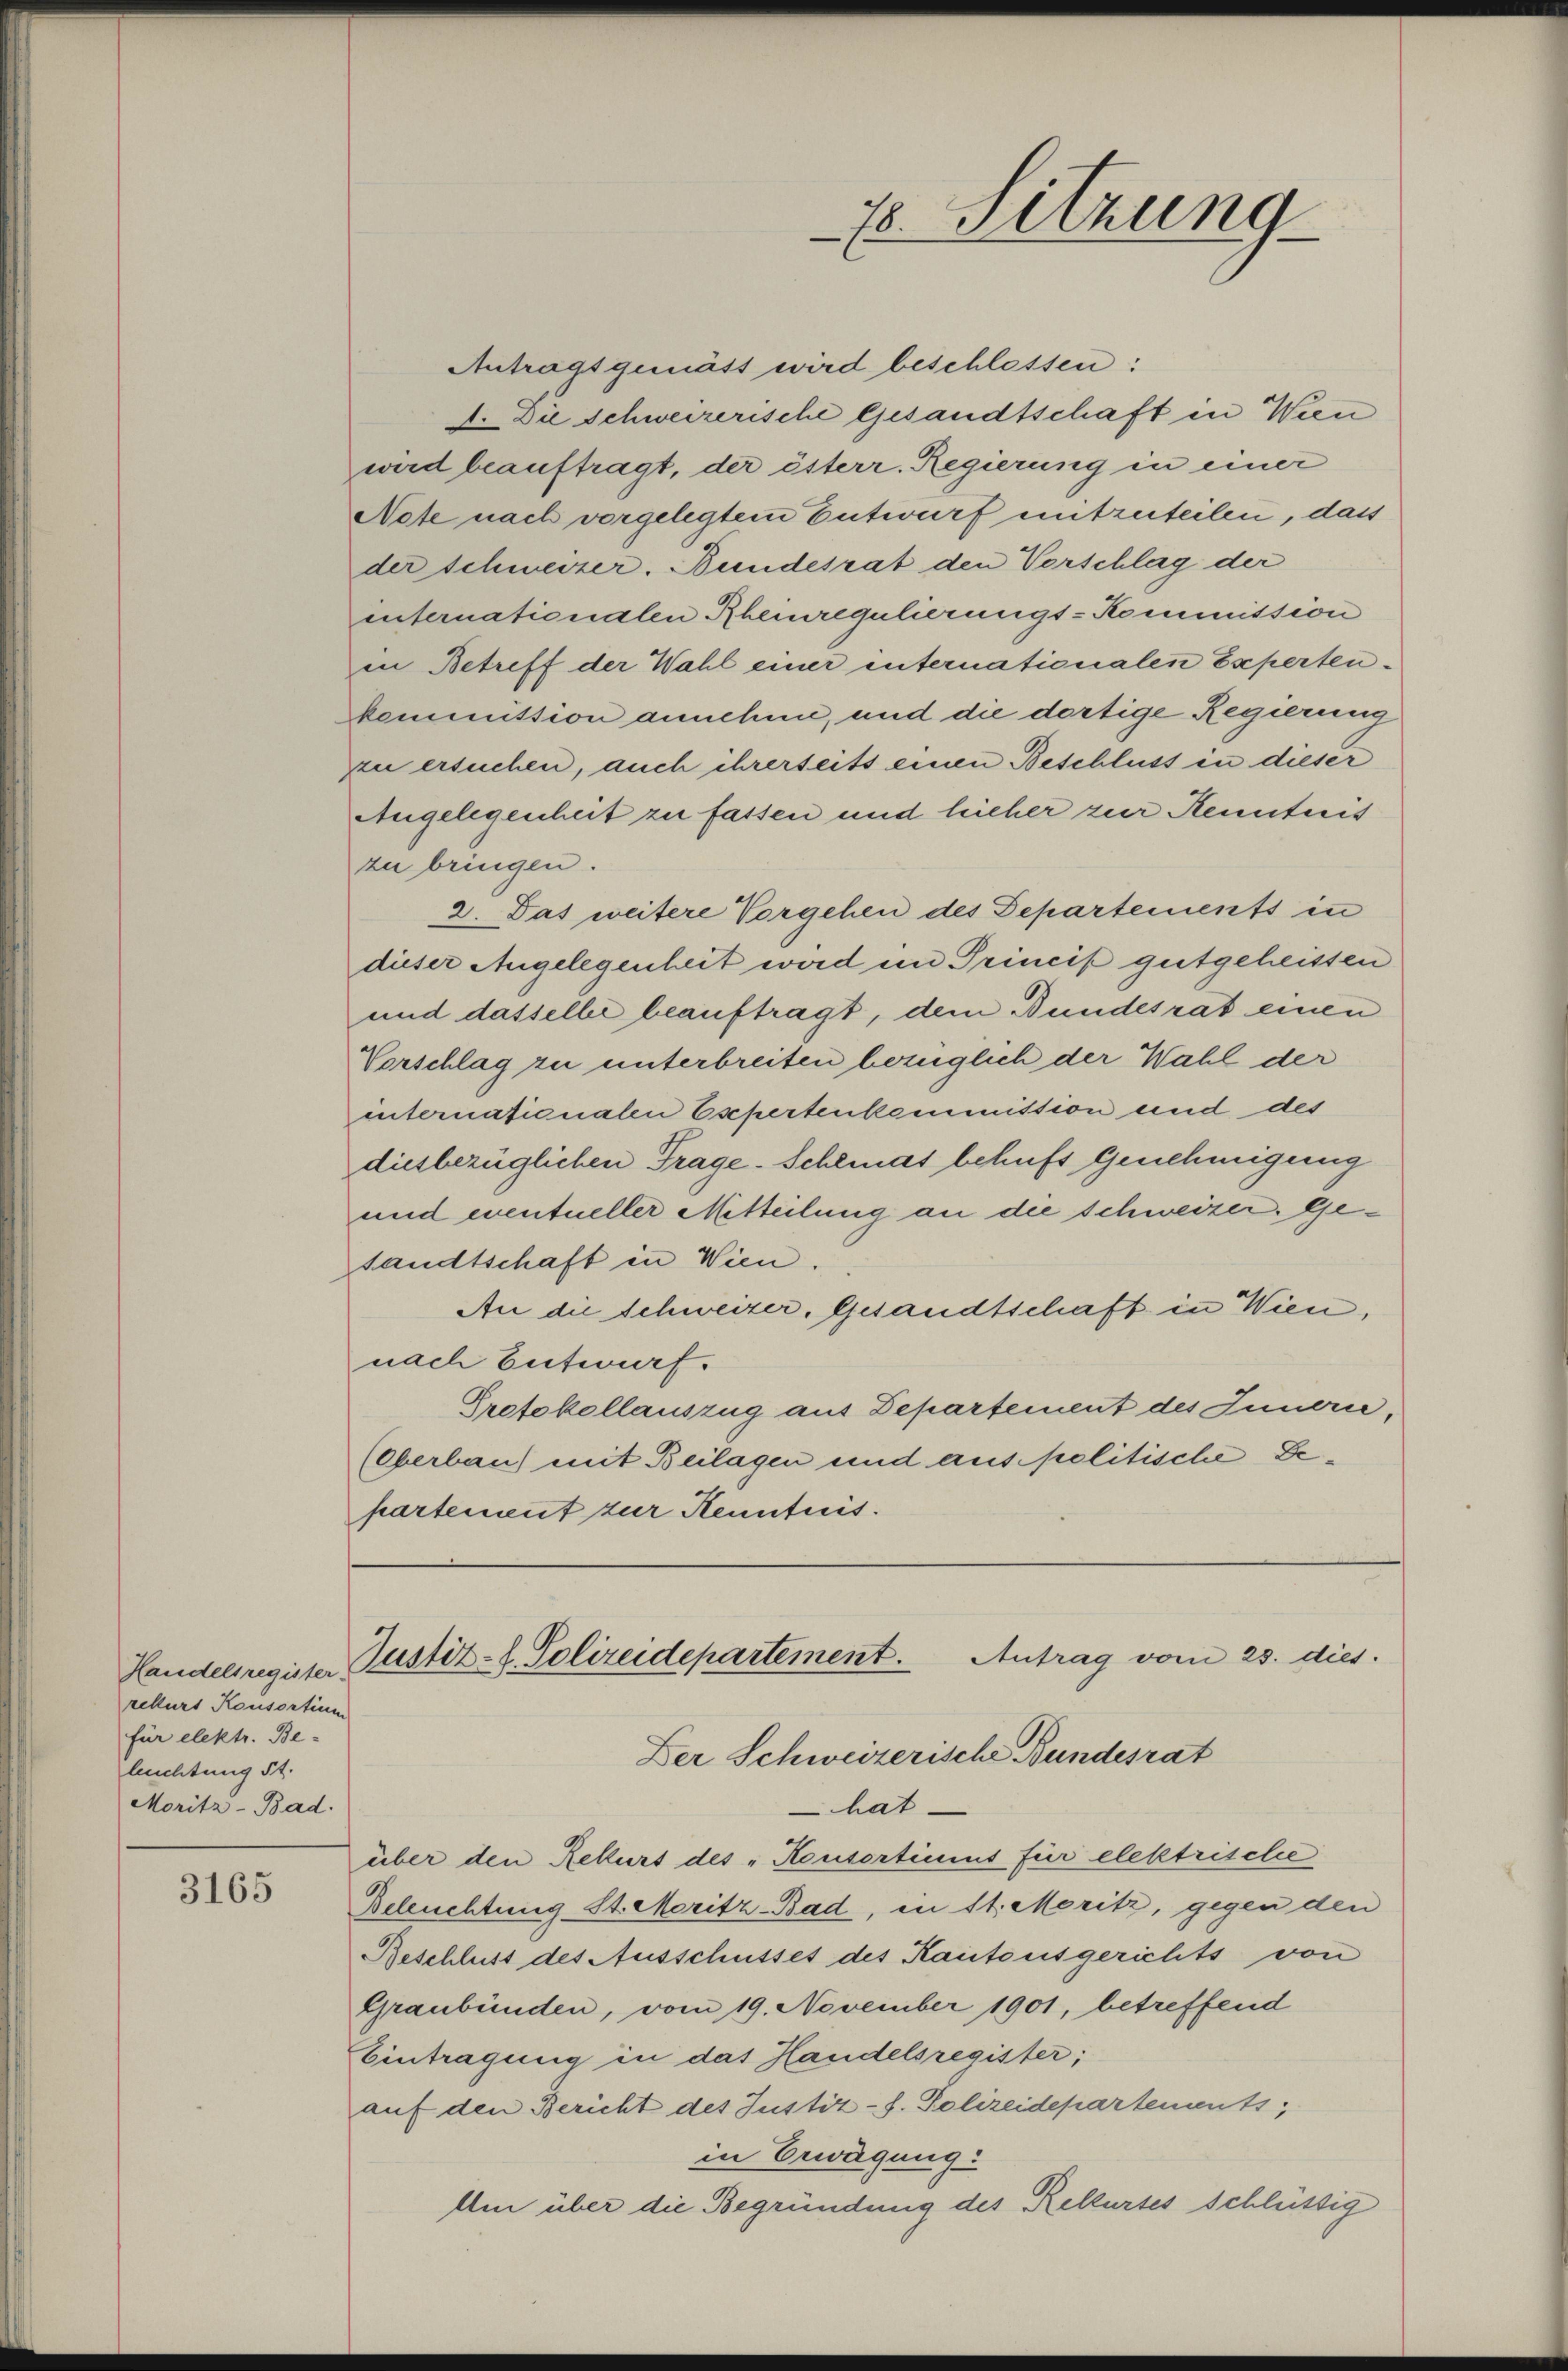
rekurs Konsortium
für elektr. Be-
luchtung St.
Moritz-Bad.

3165

Antragsgemäss wird beschlessen:
4. Die schweizerische Gesandtschaft in Wien
wird beauftragt, der österr. Regierung in einer
Note nach vorgelegtem Entwurf mitzuteilen, das
der schweizer. Bundesrat den Vorschlag der
internationalen Rheinregulierungs-Kommission
in Betreff der Wahl einer internationalen Expertenkommission annehme, und die dortige Regierung
zu ersuchen, auch ihrerseits einen Beschluss in dieser
Angelegenheit zu fassen und hieher zur Kenntnis
zu bringen.
2. Das weitere Vorgehen des Departements in
dieser Angelegenheit wird im Princip gutgeheissen
und dasselbe beauftragt, dem Bundesrat einen
Vorschlag zu unterbreiten bezüglich der Wahl der
internationalen Esepertenkommission und des
diesbezüglichen Trage-Schemas behufs Genehmigung
und eventueller Mitteilung an die schweizer, Gesandtschaft in Wien.
An die Schweizer, Gesandtschaft in Wien,
nach Entwurf.
Protokollauszug aus Departement des Innern,
(Oberbau) mit Beilagen und aus politische Departement zur Kenntnis.

78. Sitzung

Handelsregister Zustiz-S. Polizeidepartement. Antrag vom 25. dies
Der Schweizerische Bundesrat

hat
über den Rekurs des „Konsortinius für elektrische
Beleuchtung St. Moritz-Bad, in 11. Moritz, gegen den
Beschluss des Ausschusses des Kantonsgerichts von
Graubünden, vom 19. November 1901, betreffend
Eintragung in das Handelsregister;
auf den Bericht des Justiz-f. Polizeidepartements,
in Erwägung
Am über die Begründung des Rekurses schlüssig